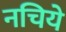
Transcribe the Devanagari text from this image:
नचिये